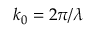
k _ { 0 } = 2 \pi / \lambda